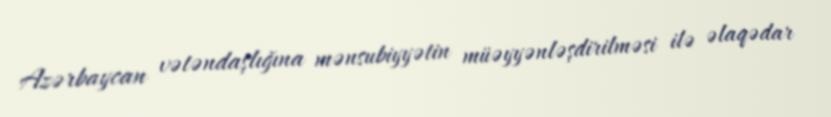
Azərbaycan vətəndaşlığına mənsubiyyətin müəyyənləşdirilməsi ilə əlaqədar